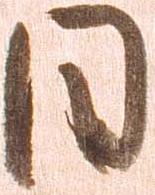
日